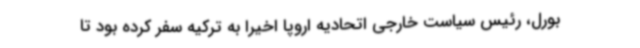
بورل، رئیس سیاست خارجی اتحادیه اروپا اخیرا به ترکیه سفر کرده بود تا